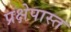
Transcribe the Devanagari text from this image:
प्रक्षेपास्त